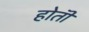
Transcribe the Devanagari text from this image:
होतॊ